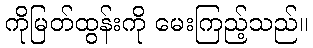
ကိုမြတ်ထွန်းကို မေးကြည့်သည်။